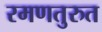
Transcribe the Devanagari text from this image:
रमणतुरुत